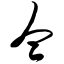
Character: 仝